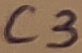
Text: C3